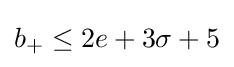
b_{+}\leq 2e+3\sigma +5